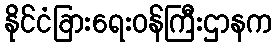
နိုင်ငံခြားရေးဝန်ကြီးဌာနက